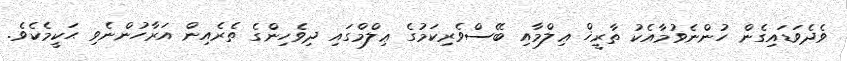
ވެދެވަޑައިގެން ހުންނެވުމާއެކު ތާރީޚް ޢިލްމާއި ބޭސްވެރިކަމުގެ ޢިލްމްގައި ދިވެހިންގެ ތެރެއިން އަރާހުންނެވި ޙަކީމެކެވެ.